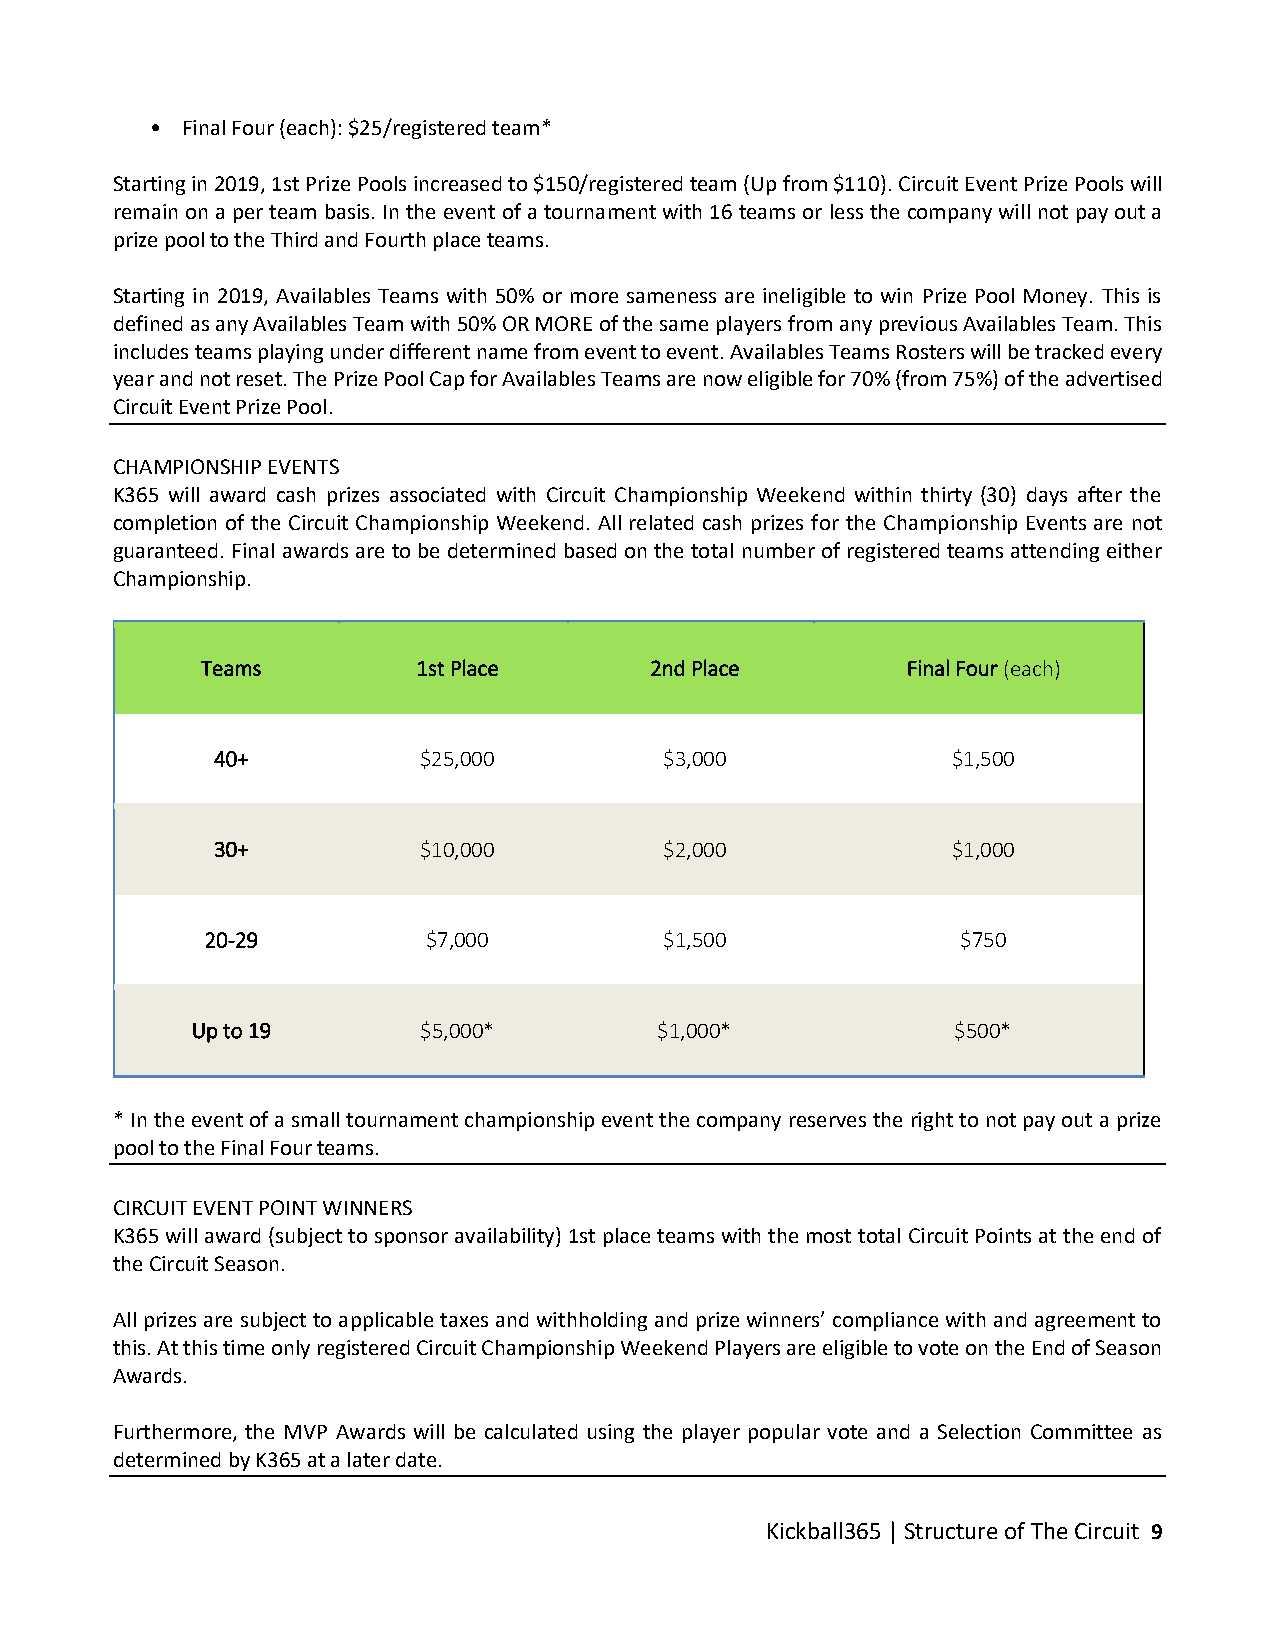
• Final Four (each): $25/registered team*
 Starting in 2019, 1st Prize Pools increased to $150/registered team (Up from $110). Circuit Event Prize Pools will
 remain on a per team basis. In the event of a tournament with 16 teams or less the company will not pay out a
 prize pool to the Third and Fourth place teams.
 Starting in 2019, Availables Teams with 50% or more sameness are ineligible to win Prize Pool Money. This is
 defined as any Availables Team with 50% OR MORE of the same players from any previous Availables Team. This
 includes teams playing under different name from event to event. Availables Teams Rosters will be tracked every
 year and not reset. The Prize Pool Cap for Availables Teams are now eligible for 70% (from 75%) of the advertised
 Circuit Event Prize Pool.
 CHAMPIONSHIP EVENTS
 K365 will award cash prizes associated with Circuit Championship Weekend within thirty (30) days after the
 completion of the Circuit Championship Weekend. All related cash prizes for the Championship Events are not
 guaranteed. Final awards are to be determined based on the total number of registered teams attending either
 Championship.
 Teams          1st Place      2nd Place        Final Four (each)
 40+           $25,000         $3,000             $1,500
 30+           $10,000         $2,000             $1,000
 20-29         $7,000          $1,500              $750
 Up to 19       $5,000*         $1,000*            $500*
 * In the event of a small tournament championship event the company reserves the right to not pay out a prize
 pool to the Final Four teams.
 CIRCUIT EVENT POINT WINNERS
 K365 will award (subject to sponsor availability) 1st place teams with the most total Circuit Points at the end of
 the Circuit Season.
 All prizes are subject to applicable taxes and withholding and prize winners’ compliance with and agreement to
 this. At this time only registered Circuit Championship Weekend Players are eligible to vote on the End of Season
 Awards.
 Furthermore, the MVP Awards will be calculated using the player popular vote and a Selection Committee as
 determined by K365 at a later date.
 Kickball365 | Structure of The Circuit 9